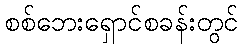
စစ်ဘေးရှောင်စခန်းတွင်